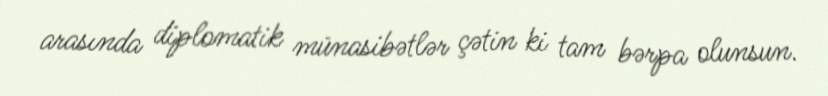
arasında diplomatik münasibətlər çətin ki tam bərpa olunsun.